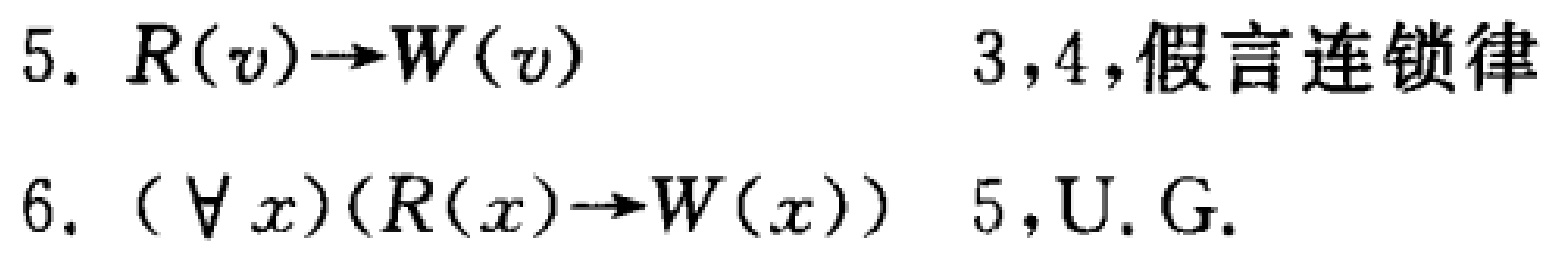
5. \(R(v)\to W(v)\)  3,4,假言连锁律
6. \((\forall x)(R(x)\to W(x))\) 5,U.G.